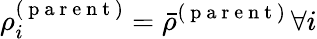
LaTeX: \rho_{i}^{(\mathrm{~p~a~r~e~n~t~})}=\bar{\rho}^{(\mathrm{~p~a~r~e~n~t~})}\, \forall i